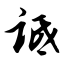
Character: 诋